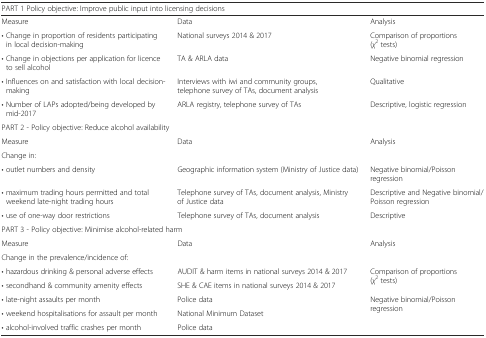
<table><thead><tr><td colspan="3"><b>PART 1 Policy objective: Improve public input into licensing decisions</b></td></tr></thead><tbody><tr><td>Measure</td><td>Data</td><td>Analysis</td></tr><tr><td>• Change in proportion of residents participating in local decision-making</td><td>National surveys 2014 &amp; 2017</td><td>Comparison of proportions (<i>χ</i><sup>2</sup> tests)</td></tr><tr><td>• Change in objections per application for licence to sell alcohol</td><td>TA &amp; ARLA data</td><td>Negative binomial regression</td></tr><tr><td>• Influences on and satisfaction with local decision-making</td><td>Interviews with iwi and community groups, telephone survey of TAs, document analysis</td><td>Qualitative</td></tr><tr><td>• Number of LAPs adopted/being developed by mid-2017</td><td>ARLA registry, telephone survey of TAs</td><td>Descriptive, logistic regression</td></tr><tr><td colspan="3">PART 2 - Policy objective: Reduce alcohol availability</td></tr><tr><td>Measure</td><td>Data</td><td>Analysis</td></tr><tr><td>Change in:</td><td></td><td></td></tr><tr><td>• outlet numbers and density</td><td>Geographic information system (Ministry of Justice data)</td><td>Negative binomial/Poisson regression</td></tr><tr><td>• maximum trading hours permitted and total weekend late-night trading hours</td><td>Telephone survey of TAs, document analysis, Ministry of Justice data</td><td>Descriptive and Negative binomial/Poisson regression</td></tr><tr><td>• use of one-way door restrictions</td><td>Telephone survey of TAs, document analysis</td><td>Descriptive</td></tr><tr><td colspan="3">PART 3 - Policy objective: Minimise alcohol-related harm</td></tr><tr><td>Measure</td><td>Data</td><td>Analysis</td></tr><tr><td>Change in the prevalence/incidence of:</td><td></td><td></td></tr><tr><td>• hazardous drinking &amp; personal adverse effects</td><td>AUDIT &amp; harm items in national surveys 2014 &amp; 2017</td><td rowspan="2">Comparison of proportions (<i>χ</i><sup>2</sup> tests)</td></tr><tr><td>• secondhand &amp; community amenity effects</td><td>SHE &amp; CAE items in national surveys 2014 &amp; 2017</td></tr><tr><td>• late-night assaults per month</td><td>Police data</td><td rowspan="3">Negative binomial/Poisson regression</td></tr><tr><td>• weekend hospitalisations for assault per month</td><td>National Minimum Dataset</td></tr><tr><td>• alcohol-involved traffic crashes per month</td><td>Police data</td></tr></tbody></table>